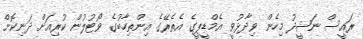
ރައީސް ނަޝީދު މިހެން ވިދާޅުވީ އެމްޑީޕީގެ އެތެރޭގެ އިންތިހާބުގެ ވޯޓުލުން ކުރިއަށް ދަނިކޮށް